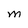
Character: M